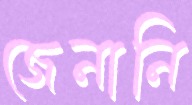
জেনানি